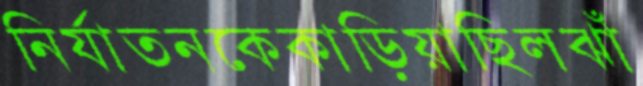
নির্যাতনকেকাড়িয়াছিলঝাঁ